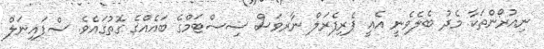
ނިއުރޯންތަކާ މެދު ބެލެވެނީ އެއީ ޕެރިފެރަލް ނާރވަސް ސިސްޓަމްގެ ބައެއްގެ ގޮތުގައެވެ. ސްޕައިނަލް